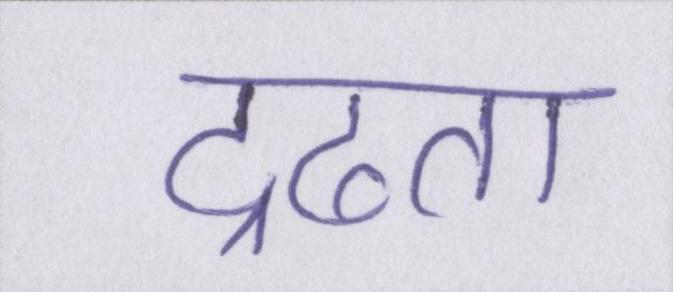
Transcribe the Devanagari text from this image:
द्रढता